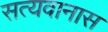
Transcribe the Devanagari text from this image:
सत्यवानास